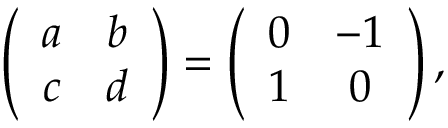
\left( \begin{array} { c c } { { a } } & { { b } } \\ { { c } } & { { d } } \end{array} \right) = \left( \begin{array} { c c } { { 0 } } & { { - 1 } } \\ { { 1 } } & { { 0 } } \end{array} \right) ,